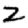
Digit: 2